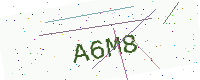
Text: A6M8